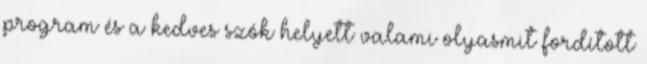
program és a kedves szók helyett valami olyasmit fordított